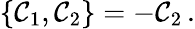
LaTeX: \{ {\cal C}_{1},{\cal C}_{2}\} =-{\cal C}_{2}\, .